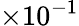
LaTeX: \times 10^{-1}